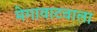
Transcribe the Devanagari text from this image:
मेगावाटवाला